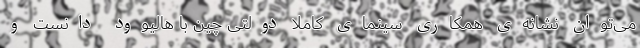
می‌توان نشانه‌ی همکاریِ سینمای کاملاً دولتی چین با هالیوود دانست و